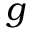
g